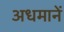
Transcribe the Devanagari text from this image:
अधमानें